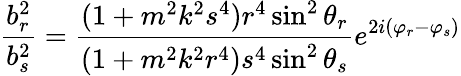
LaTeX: \frac{b_{r}^{2}}{b_{s}^{2}}=\frac{(1+m^{2}k^{2}s^{4})r^{4}\sin^{2}\theta_{r}}{(1+m^{2}k^{2}r^{4})s^{4}\sin^{2}\theta_{s}}e^{2i(\varphi_{r}-\varphi_{s})}